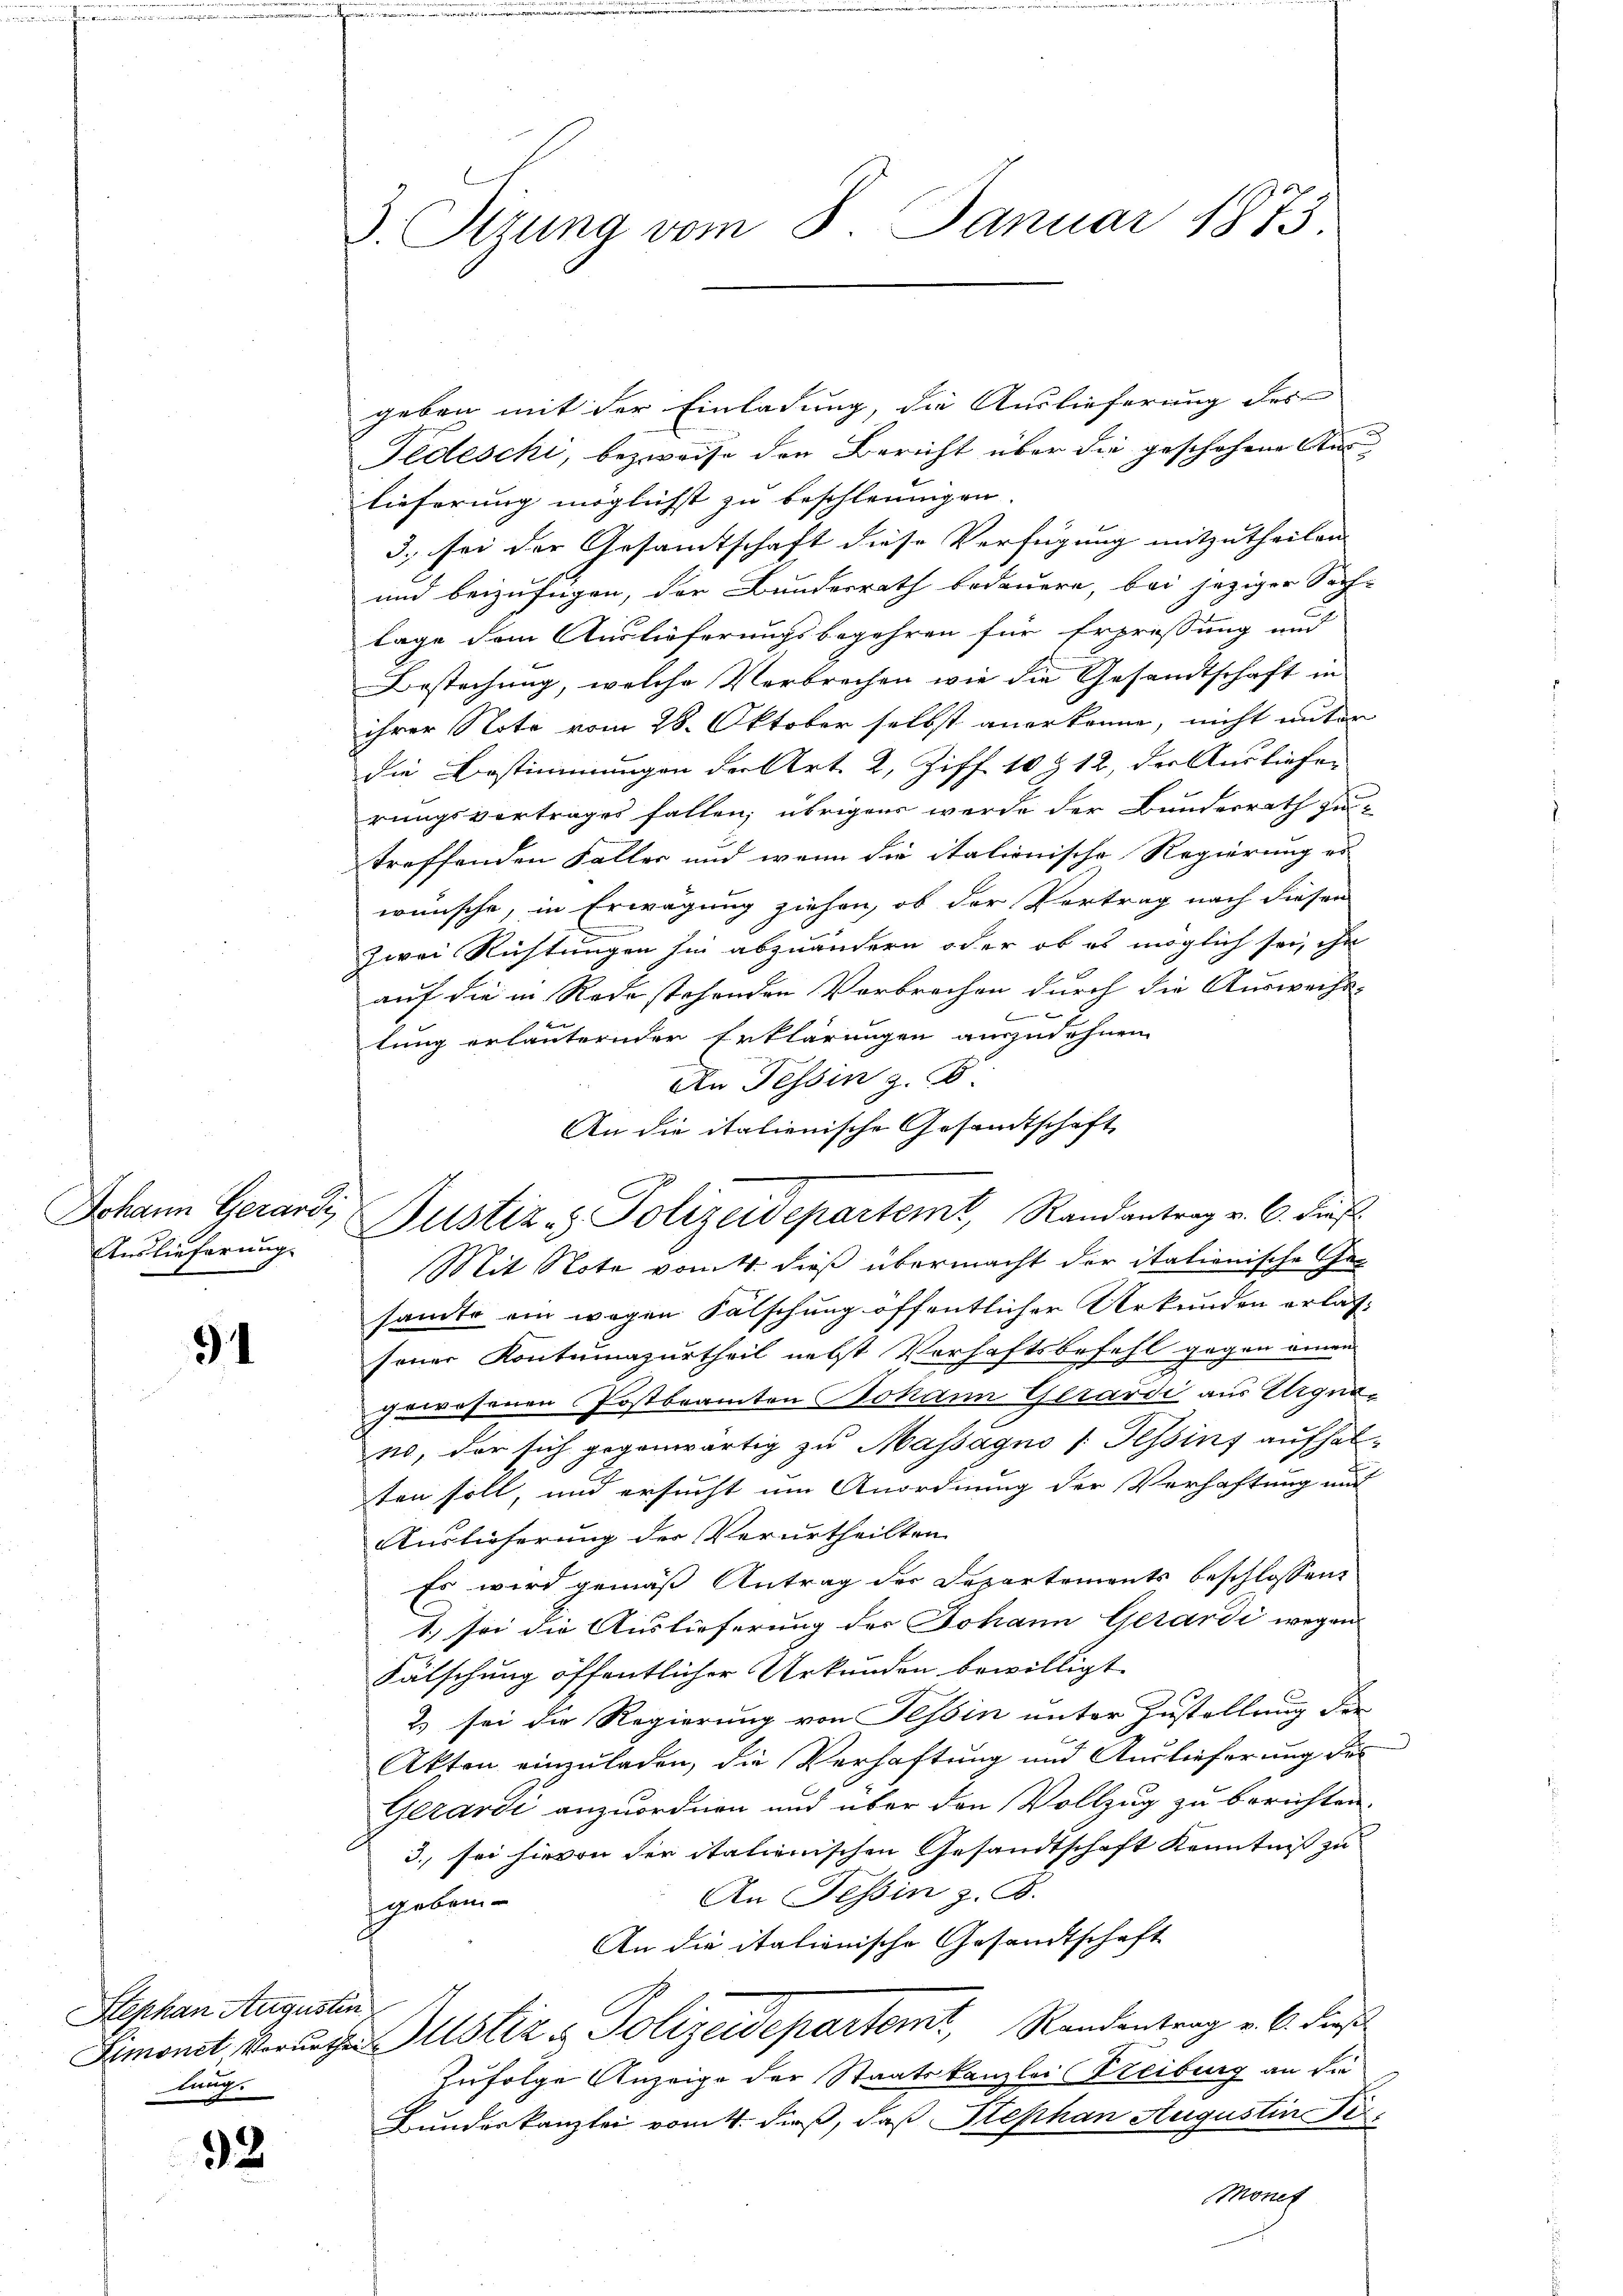
Auslieferung.

31

Hephan Augustin
lung.

92

3. Stzung vom 8. Januar 1873.

geben mit der Einladung, die Auslieferung des
Fedeschi, bezweife den Bericht über die geschehene Auslieferung möglichst zu beschleunigen.
3. sei der Gesamtschaft diese Verfügung mitzutheilen.
und beizufügen, der Bundesrath bedauern, bei jeziger Sach-
lage dem Auslieferungsbegehren für Erpressung und
Bestechung, welche Verbrechen wie die Gesamtschaft in
ihrer Note vom 28. Oktober selbst anerkenne, nicht unter
die Bestimmungen der Art. 2, Ziff. 10 & 12, der Ausliefer
rungsvertrages fallen; übrigens werde der Bunderrath zu
treffenden Faller und wenn die italionische Regierung er
wünsche, in Erwägung ziehen, ob der Vertrag nach diesen
zwei Richtungen sie abzuändern oder ob es möglich sei, ihn
auf die in Rede stehenden Verbrechen durch die Auswechs-
tung erläuternder Erklärungen auszudehnen
An Tessin z. B.
An die italienische Gesandtschaft
Mit Note vom 4. dieß übermacht der itationische Ges
sandte ein wegen Fälschung öffentlicher Urkunden erlassener Kontumazurtheil nebst Verhaftsbefehl gegen einen
gewesenen Postbeamten Johann Gerardi aus Urgnano, der sich gegenwärtig zu Massagno (Tessins aufhal-
ten soll, und ersucht um Anordnung der Verhaftung mit
Auslieferung der Verurtheilten
Es wird gemäß Antrag der Departements beschlossen,
1) sei die Auslieferung der Johann Gerardi wegen
Fälschung öffentlicher Urkunden bewilligt
2) sei die Regierung von Tessin unter Zustellung der
Akten einzuladen, die Verhaftung und Auslieferung des
Gerardi anzuordnen und über den Vollzug zu berichten.
3. sei hievon der italienischen Gesandtschaft Kenntniß zu
An Tessin z. B.
sgeben
An die italienische Gesandtschaft
Femonst Verurten Gustiz & Polizeidepartemt, Randantrag v. 6. dies
zufolge Anzeige der Staatskanzlei Treiburg an die
Kunderkanzlei vom 4. dieß, daß Stephan Augustin Fi
Monet

Johann Gerardi, Justiz- & Polizeidepartemt, Randantrag v. 6. dies